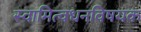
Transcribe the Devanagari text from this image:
स्वामित्वधनविषयक